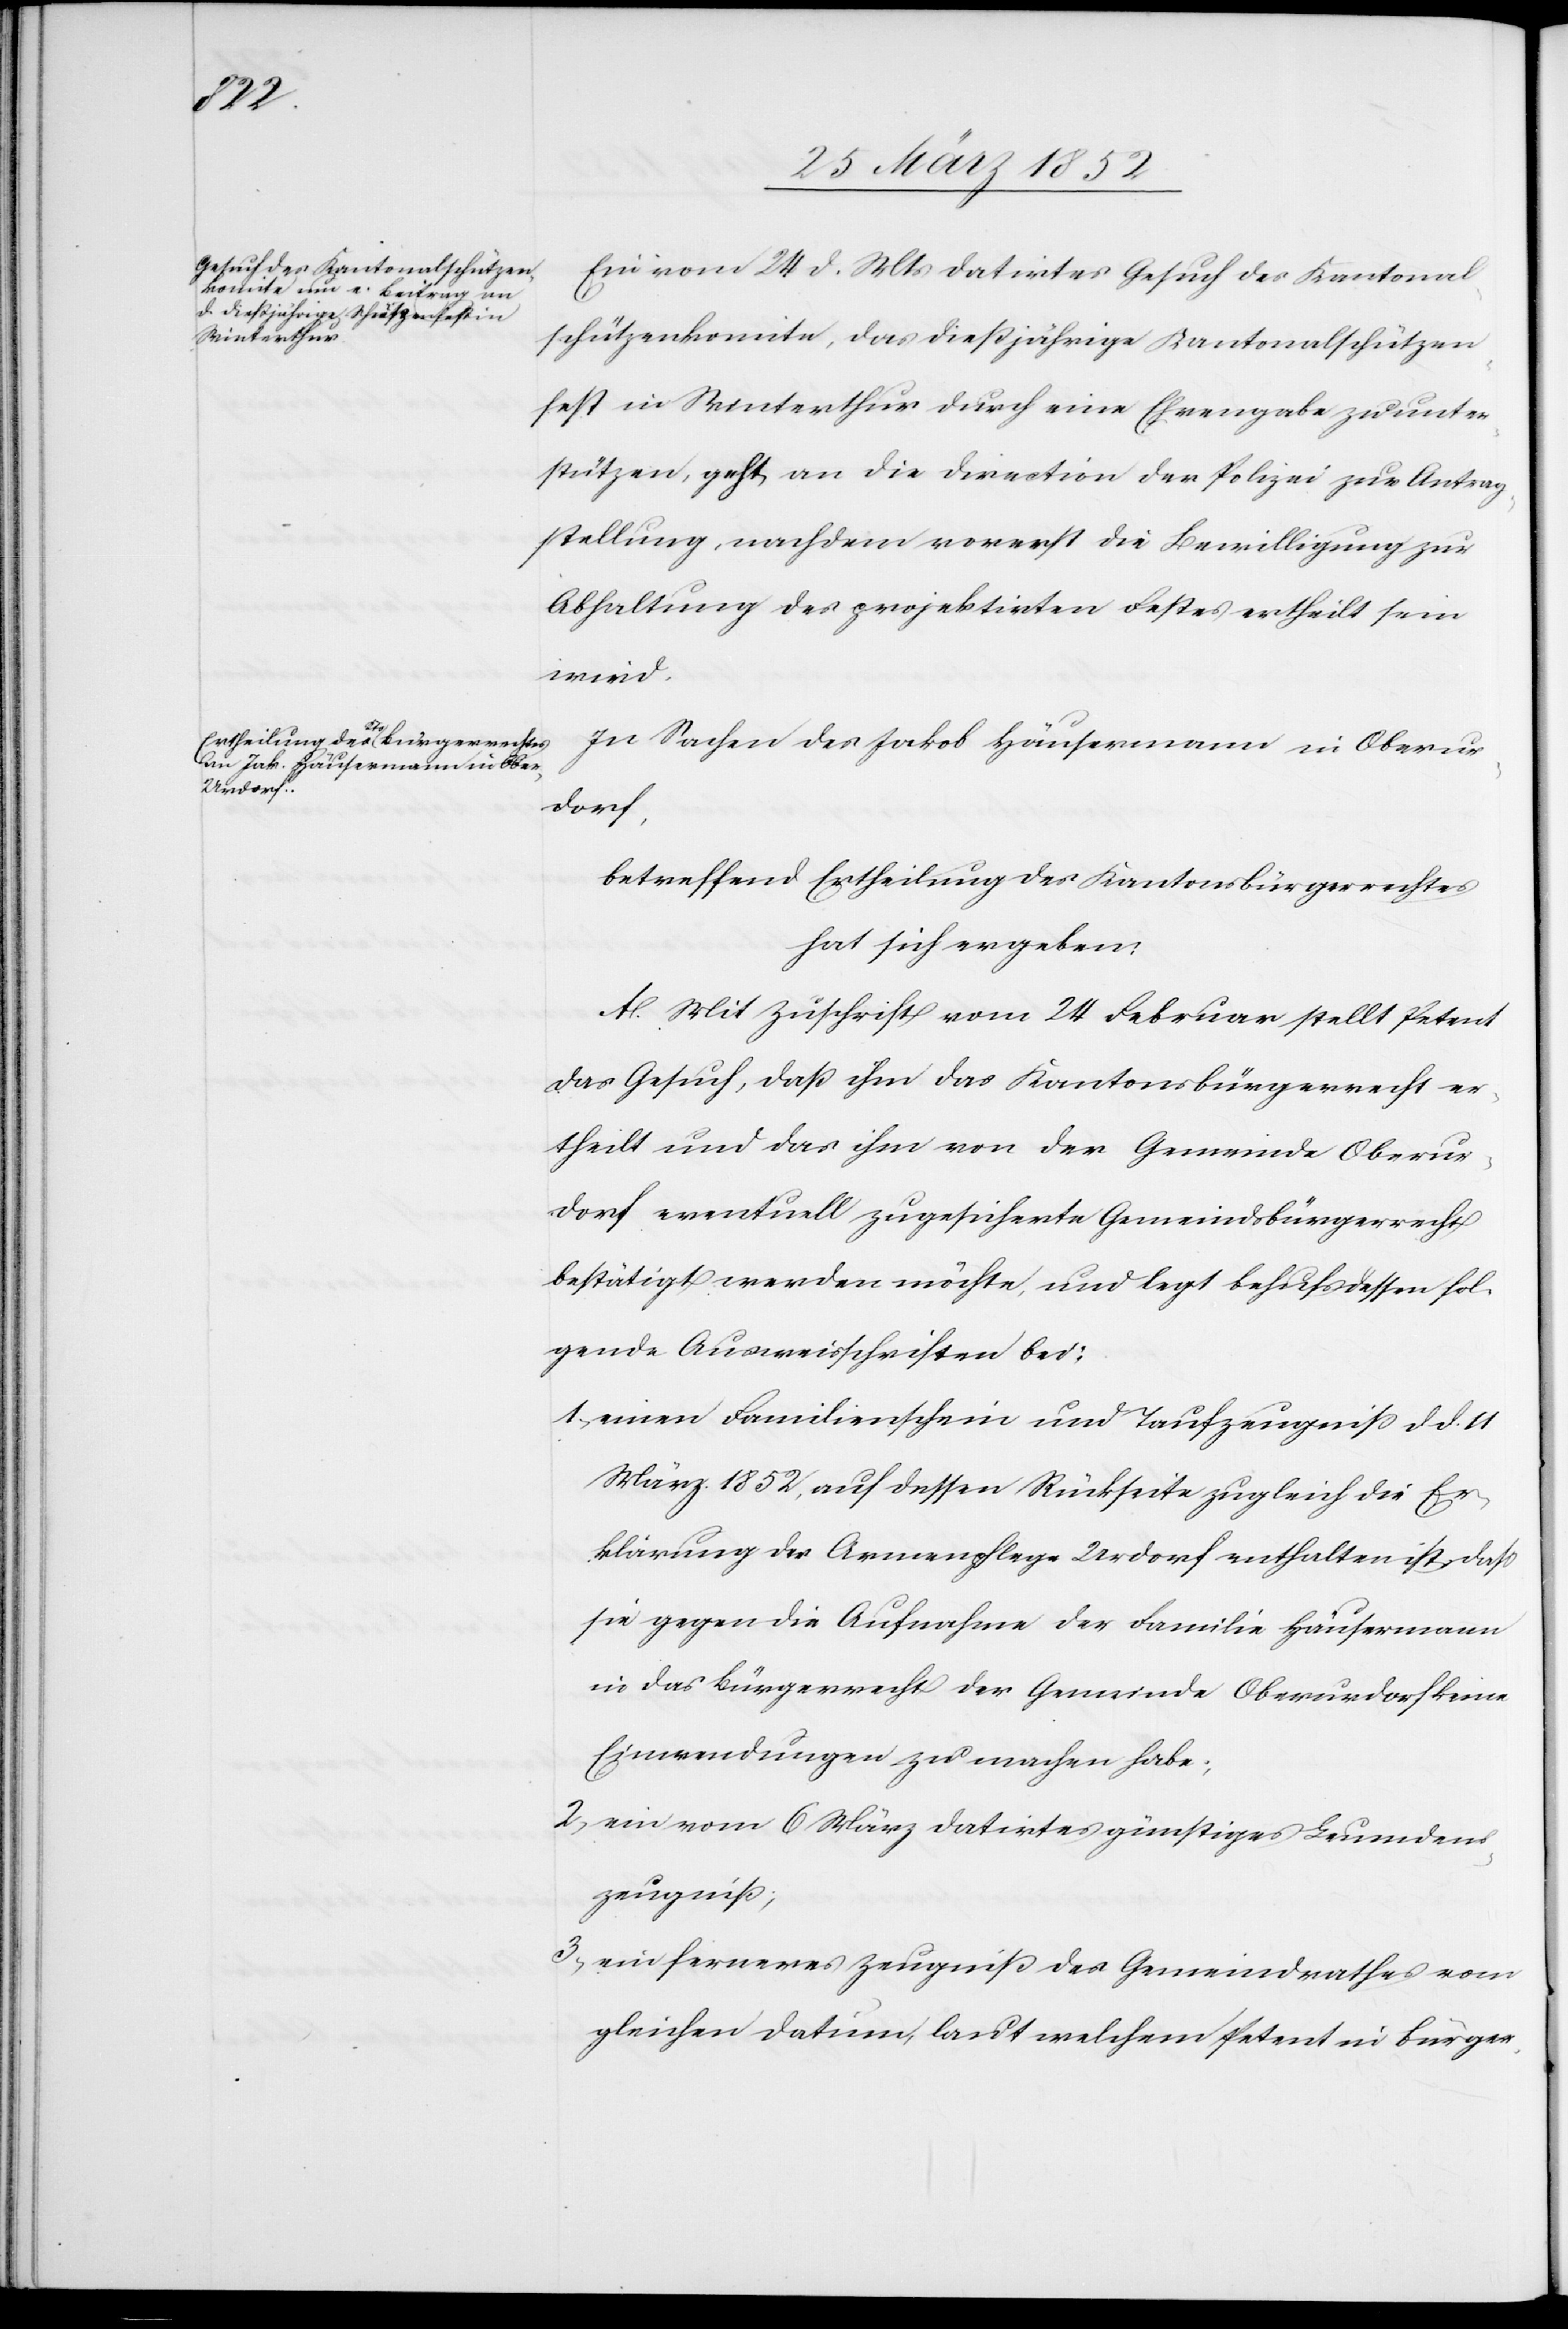
Ein vom 24 d. Mts datirtes Gesuch des Kantonal¬
schützenkomite, das dießjährige Kantonalschützen¬
fest in Winterthur durch eine Ehrengabe zu unter¬
stützen, geht an die Direction der Polizei zur Antrag¬
stellung, nachdem vorerst die Bewilligung zur
Abhaltung des projektirten Festes ertheilt sein
wird.
In Sachen des Jakob Häusermann in Oberur¬
dorf,
betreffend Ertheilung des Kantonsbürgerrechtes
hat sich ergeben:
A. Mit Zuschrift vom 24 Februar stellt Petent
das Gesuch, daß ihm das Kantonsbürgerrecht er¬
theilt und das ihm von der Gemeinde Oberur¬
dorf eventuell zugesicherte Gemeindsbürgerrecht
bestätigt werden möchte, und legt behufs dessen fol¬
gende Ausweisschriften bei:
1) einen Familienschein und Taufzeugniß d. d. 11
März 1852, auf dessen Rückseite zugleich die Er¬
klärung der Armenpflege Urdorf enthalten ist, daß
sie gegen die Aufnahme der Familie Häusermann
in das Bürgerrecht der Gemeinde Oberurdorf keine
Einwendungen zu machen habe;
2) ein vom 6 März datirtes günstiges Leumdens¬
zeugniß;
3) ein ferneres Zeugniß des Gemeindrathes vom
gleichen Datum, laut welchem Petent in bürger-